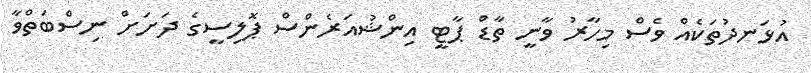
އުޅަނދުތަކެއް ވެސް މިހާރު ވާނީ ތާޑް ޕާޓީ އިންޝުއަރެންސް ޕޮލިސީގެ ދަށަށް ނިސްބަތްވާ